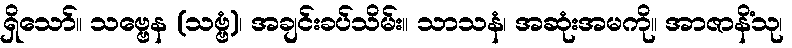
ရှိသော်။ သဗ္ဗေန (သဗ္ဗံ)၊ အချင်းခပ်သိမ်း။ သာသနံ၊ အဆုံးအမကို။ အာဇာနိံသု၊